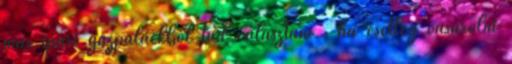
más ipari gázpalackból tud választani , ha esetleg vásárolni